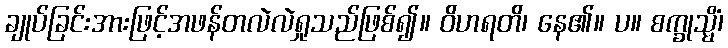
ချုပ်ခြင်းအားဖြင့်အဖန်တလဲလဲရှုသည်ဖြစ်၍။ ဝိဟရတိ၊ နေ၏။ ပ။ စက္ခုသ္မိံ၊